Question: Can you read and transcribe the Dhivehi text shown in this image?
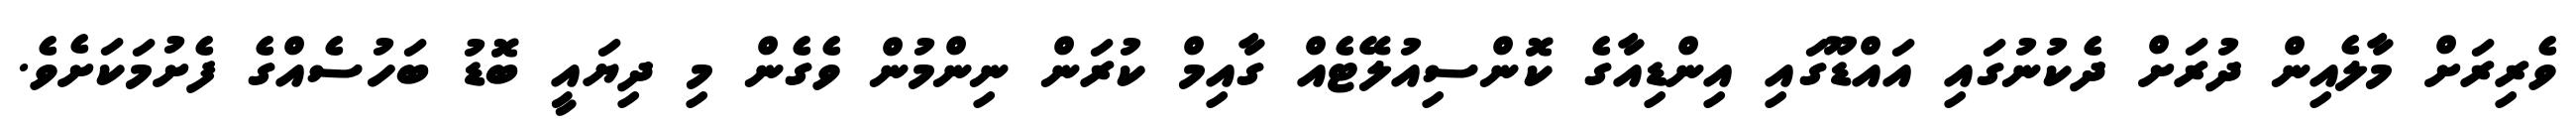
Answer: ވެރިރަށް މާލެއިން ދުރަށް ދެކުނުގައި އައްޑޫގައި އިންޑިއާގެ ކޮންސިއުލޭޓެއް ގާއިމް ކުރަން ނިންމުން ވެގެން މި ދިޔައީ ބޮޑު ބަހުސެއްގެ ފެށުމަކަށެވެ.